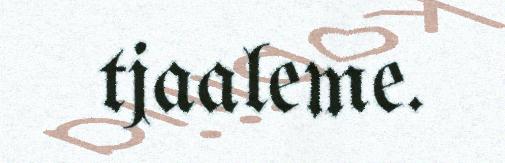
tjaaleme.